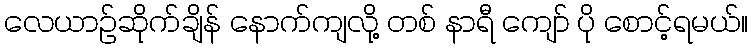
လေယာဉ်ဆိုက်ချိန် နောက်ကျလို့ တစ် နာရီ ကျော် ပို စောင့်ရမယ်။